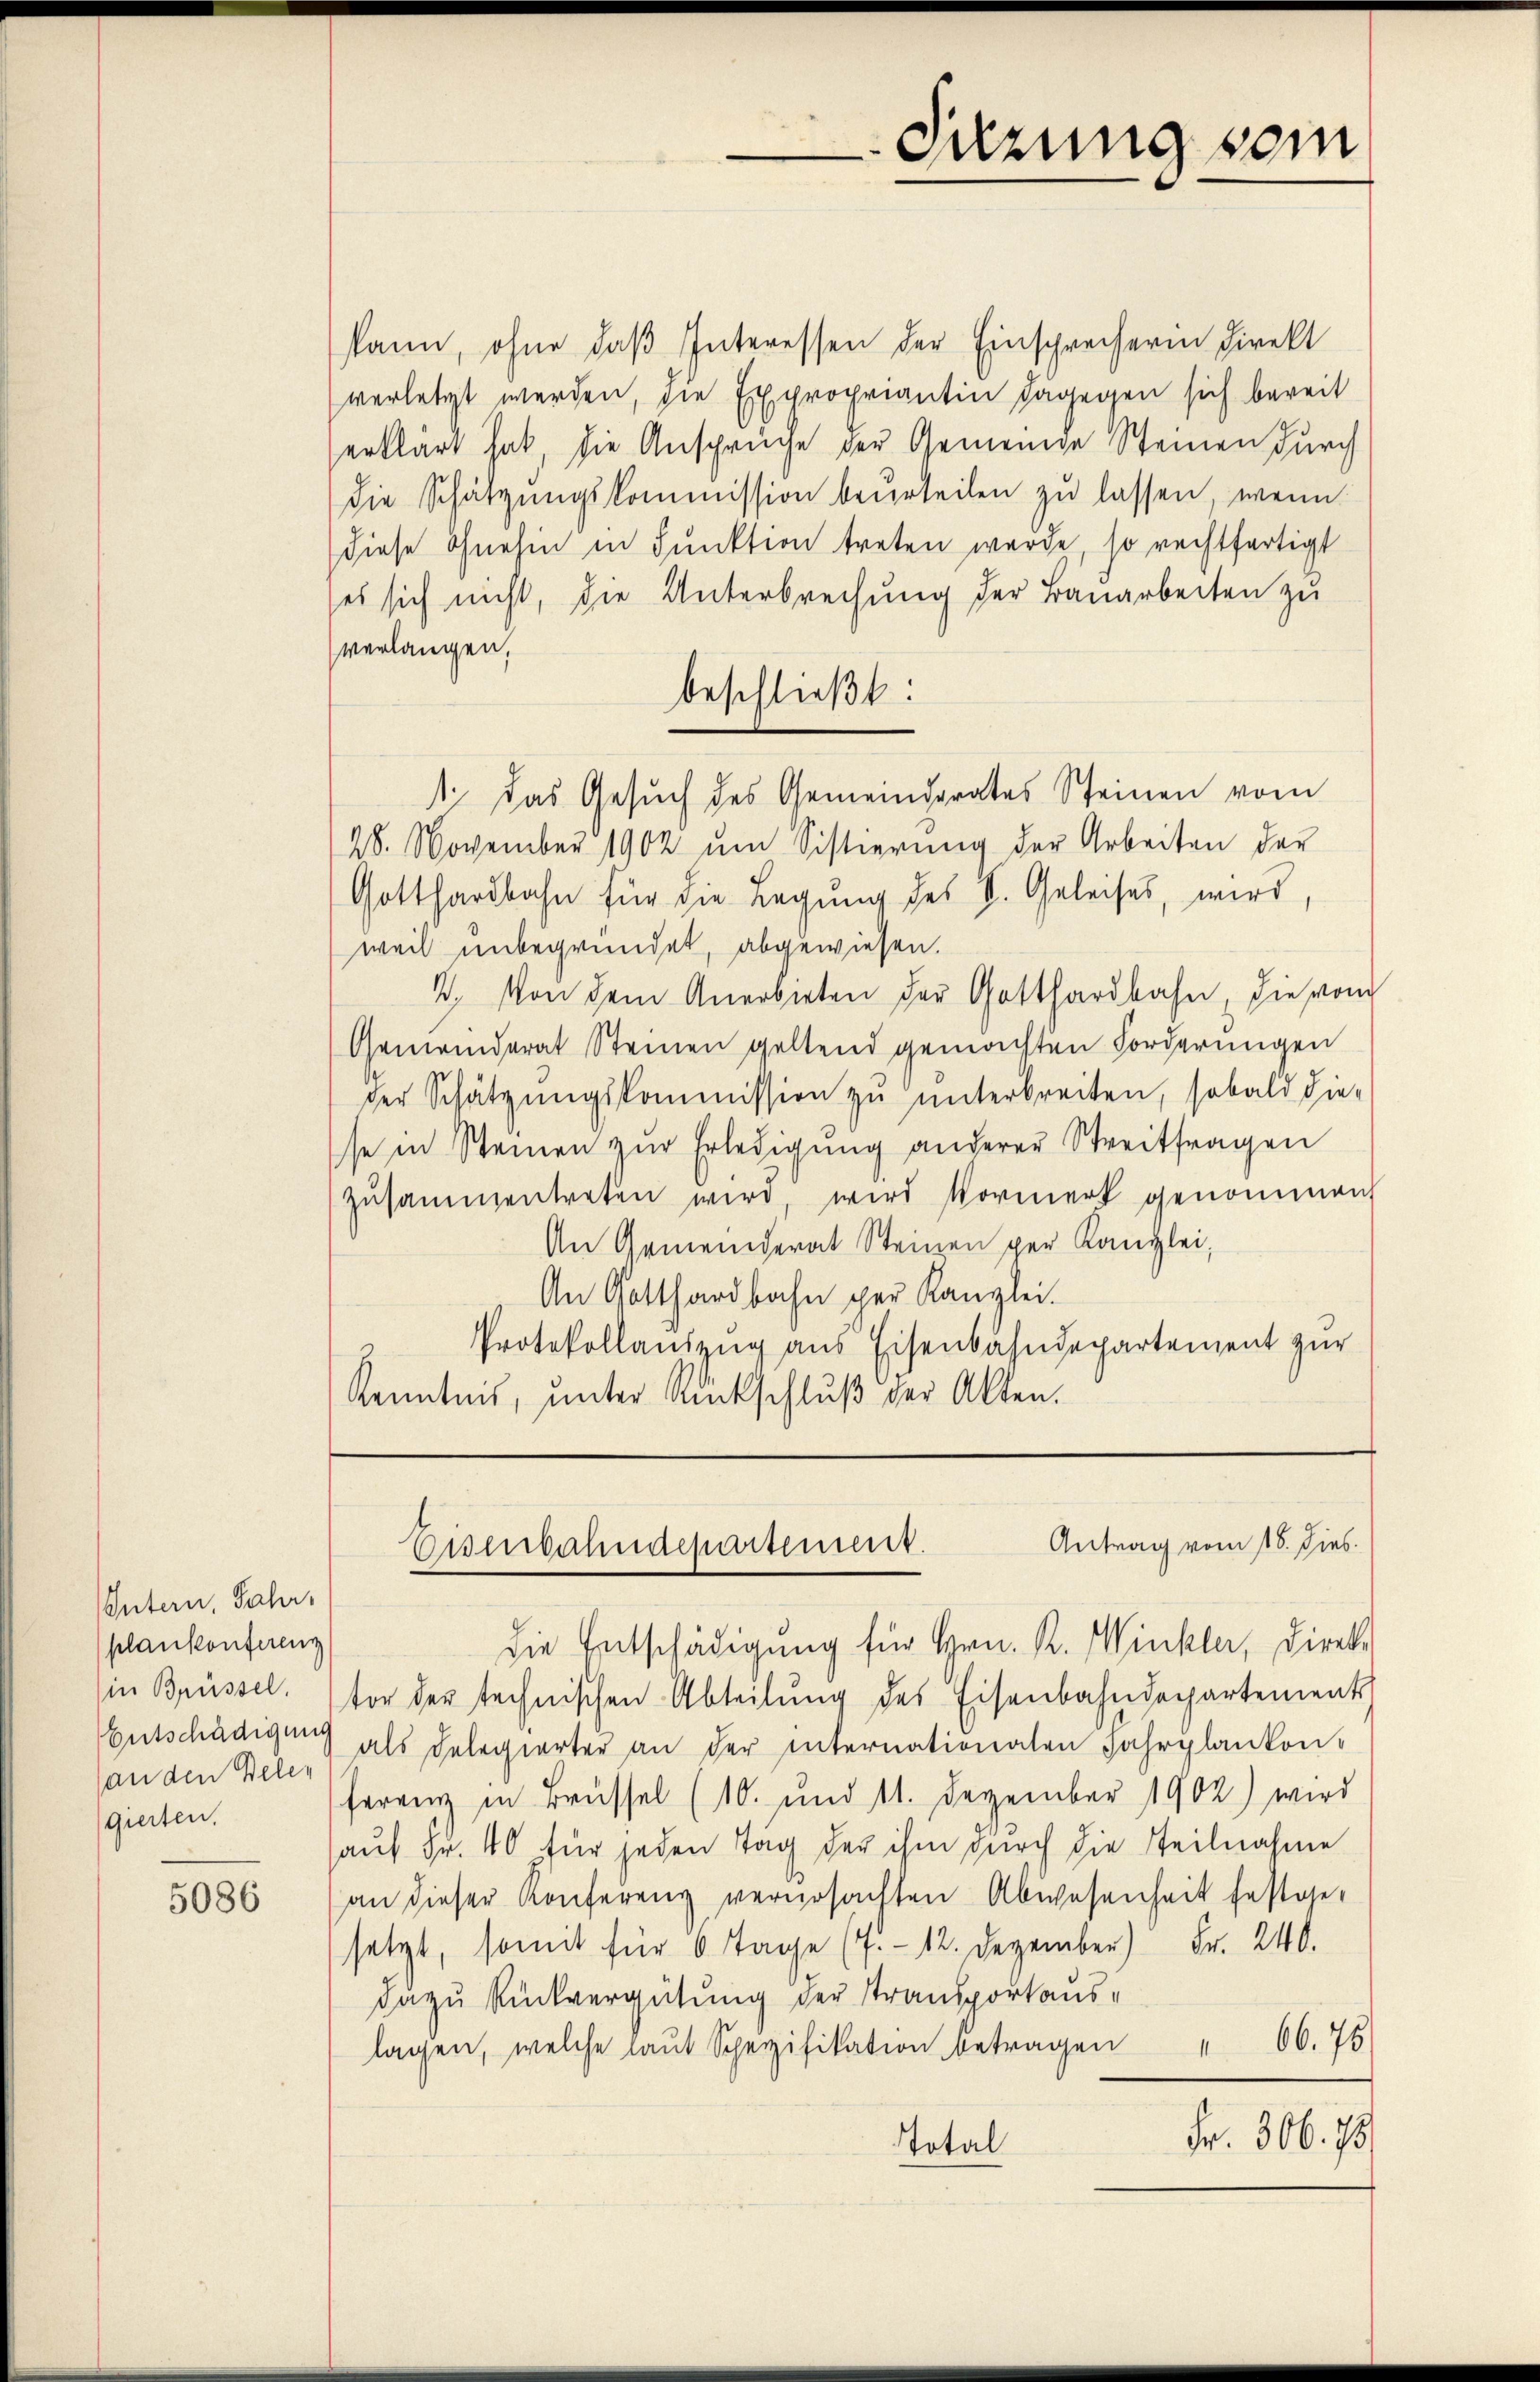
5086

kann, ohne daβ Interessen der Einsprecherin direkt
verletzt werden, die Expropriantin dagegen sich bereit
erklärt hat, die Ansprüche der Gemeinde Steinen durch
die Schatzŭngskommission beurteilen zŭ lassen, wenn
diese ohnehin in Funktion treten werde, so rechtfertigt
(es sich nicht, die Unterbrechung der Bauarbeiten zu
verlangen,
beschließt:
28. November 1902 ŭm Sistierung der Arbeiten der
Gotthardbahn für die Legung des S. Geleises, wird,
weil unbegründet, abgewiesen.
2. Von dem Anerbieten der Gotthardbahn, die vom
Gemeinderat Steinen geltend gemachten Forderungen
der Schätzungskommission zu unterbreiten, sobald die-
se in Steinen zur Erledigung anderer Streitfragen
zusammentreten wird wird Vormerk genommen
An Gemeinderat Steinen per Kanzlei,
An Gotthardbahn per Kanzlei.
Protokollauszug aus Eisenbahndepartement zur
Kenntnis, unter Rückschlŭβ der Akten.

Untern, Jahr,
plankonferenz
in Brüssel.
Entschädigung
an den Belen
gierten.

Sitzung vom

1 das Gesuch des Gemeinderates Steinen vom

Antrag vom 16. Dies
Eisenbahndepartement.

die Entschädigung für Hrn. R. Winkler, Direk
tor der technischen Abteilŭng des Eisenbahndepartements
als Delegierter an der internationaten Fahrplankon-
ferenz in Brüssel (10. und 11. Dezember 1902) wird
auf Fr. 40 für jeden Tag der ihm durch die Teilnahme
an dieser Konferenz verursachten Abwesenheit festge-
setzt, somit für 6 Tage (7.- 12. Dezember) Fr. 240.
dazu Rückvergütung der Stransportaus-
lagen, welche laŭt Spezifikation betragen " 66. 76
Fr. 306. 78
Total